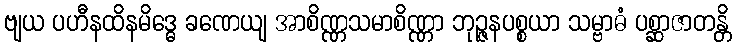
ဗျယ ပဟီနထိနမိဒ္ဓေ ခဏေယျ အာစိဏ္ဏသမာစိဏ္ဏာ ဘုဉ္ဇနပစ္စယာ သမ္ဗာဓံ ပစ္ဆာဇာတန္တိ